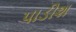
પાડીશ